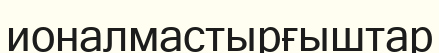
ионалмастырғыштар